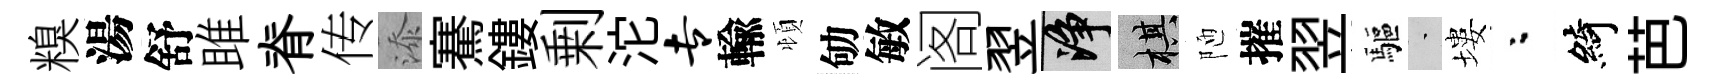
糗湯舒雎脊传添騫鏤剰沱专輸頓劬敏阁翌净棋陋摧翌驅蒙塿粉綺芭